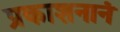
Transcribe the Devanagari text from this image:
प्रकाशनानं